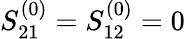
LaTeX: S_{21}^{(0)}=S_{12}^{(0)}=0